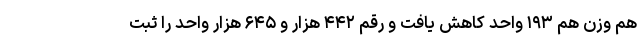
هم وزن هم ۱۹۳ واحد کاهش یافت و رقم ۴۴۲ هزار و ۶۴۵ هزار واحد را ثبت